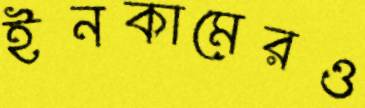
ইনকামেরও